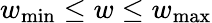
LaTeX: w_{\mathrm{min}}\le w\le w_{\mathrm{max}}